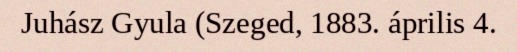
Juhász Gyula (Szeged, 1883. április 4.